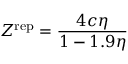
Z ^ { \mathrm { { r e p } } } = { \frac { 4 c \eta } { 1 - 1 . 9 \eta } }